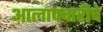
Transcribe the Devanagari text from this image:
आलापचारीचे